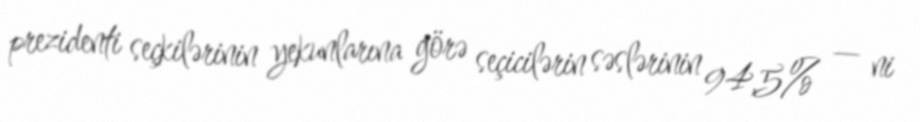
prezidenti seçkilərinin yekunlarına görə seçicilərin səslərinin 94,5% — ni